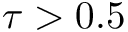
\tau > 0 . 5